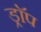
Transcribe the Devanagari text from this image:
ड्राॅप